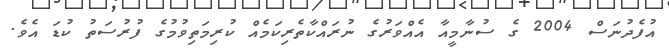
އުފެދުނަސް 2004 ގެ ސުނާމީއާ އެއްވަރުގެ ނުރައްކާތެރިކަމެއް ކުރިމަތިވުމުގެ ފުރުސަތު ކުޑަ އެވެ.